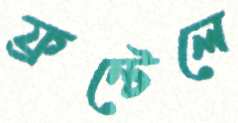
ফ্রন্টেলে